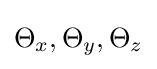
{\textstyle \Theta _{x},\Theta _{y},\Theta _{z}}